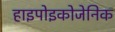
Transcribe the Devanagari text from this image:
हाइपोइकोजेनिक